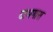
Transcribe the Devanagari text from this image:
दाभणास